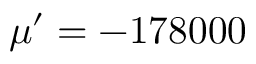
\mu ^ { \prime } = - 1 7 8 0 0 0